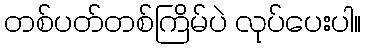
တစ်ပတ်တစ်ကြိမ်ပဲ လုပ်ပေးပါ။